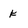
Character: k